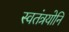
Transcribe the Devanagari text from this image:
स्वतंत्रयोनि